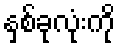
နှစ်ခုလုံးကို